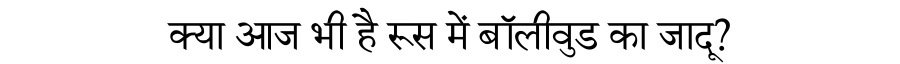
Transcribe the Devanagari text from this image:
क्या आज भी है रूस में बॉलीवुड का जादू?